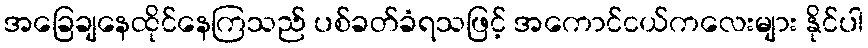
အခြေချနေထိုင်နေကြသည် ပစ်ခတ်ခံရသဖြင့် အကောင်ငယ်ကလေးများ နိုင်ပါ